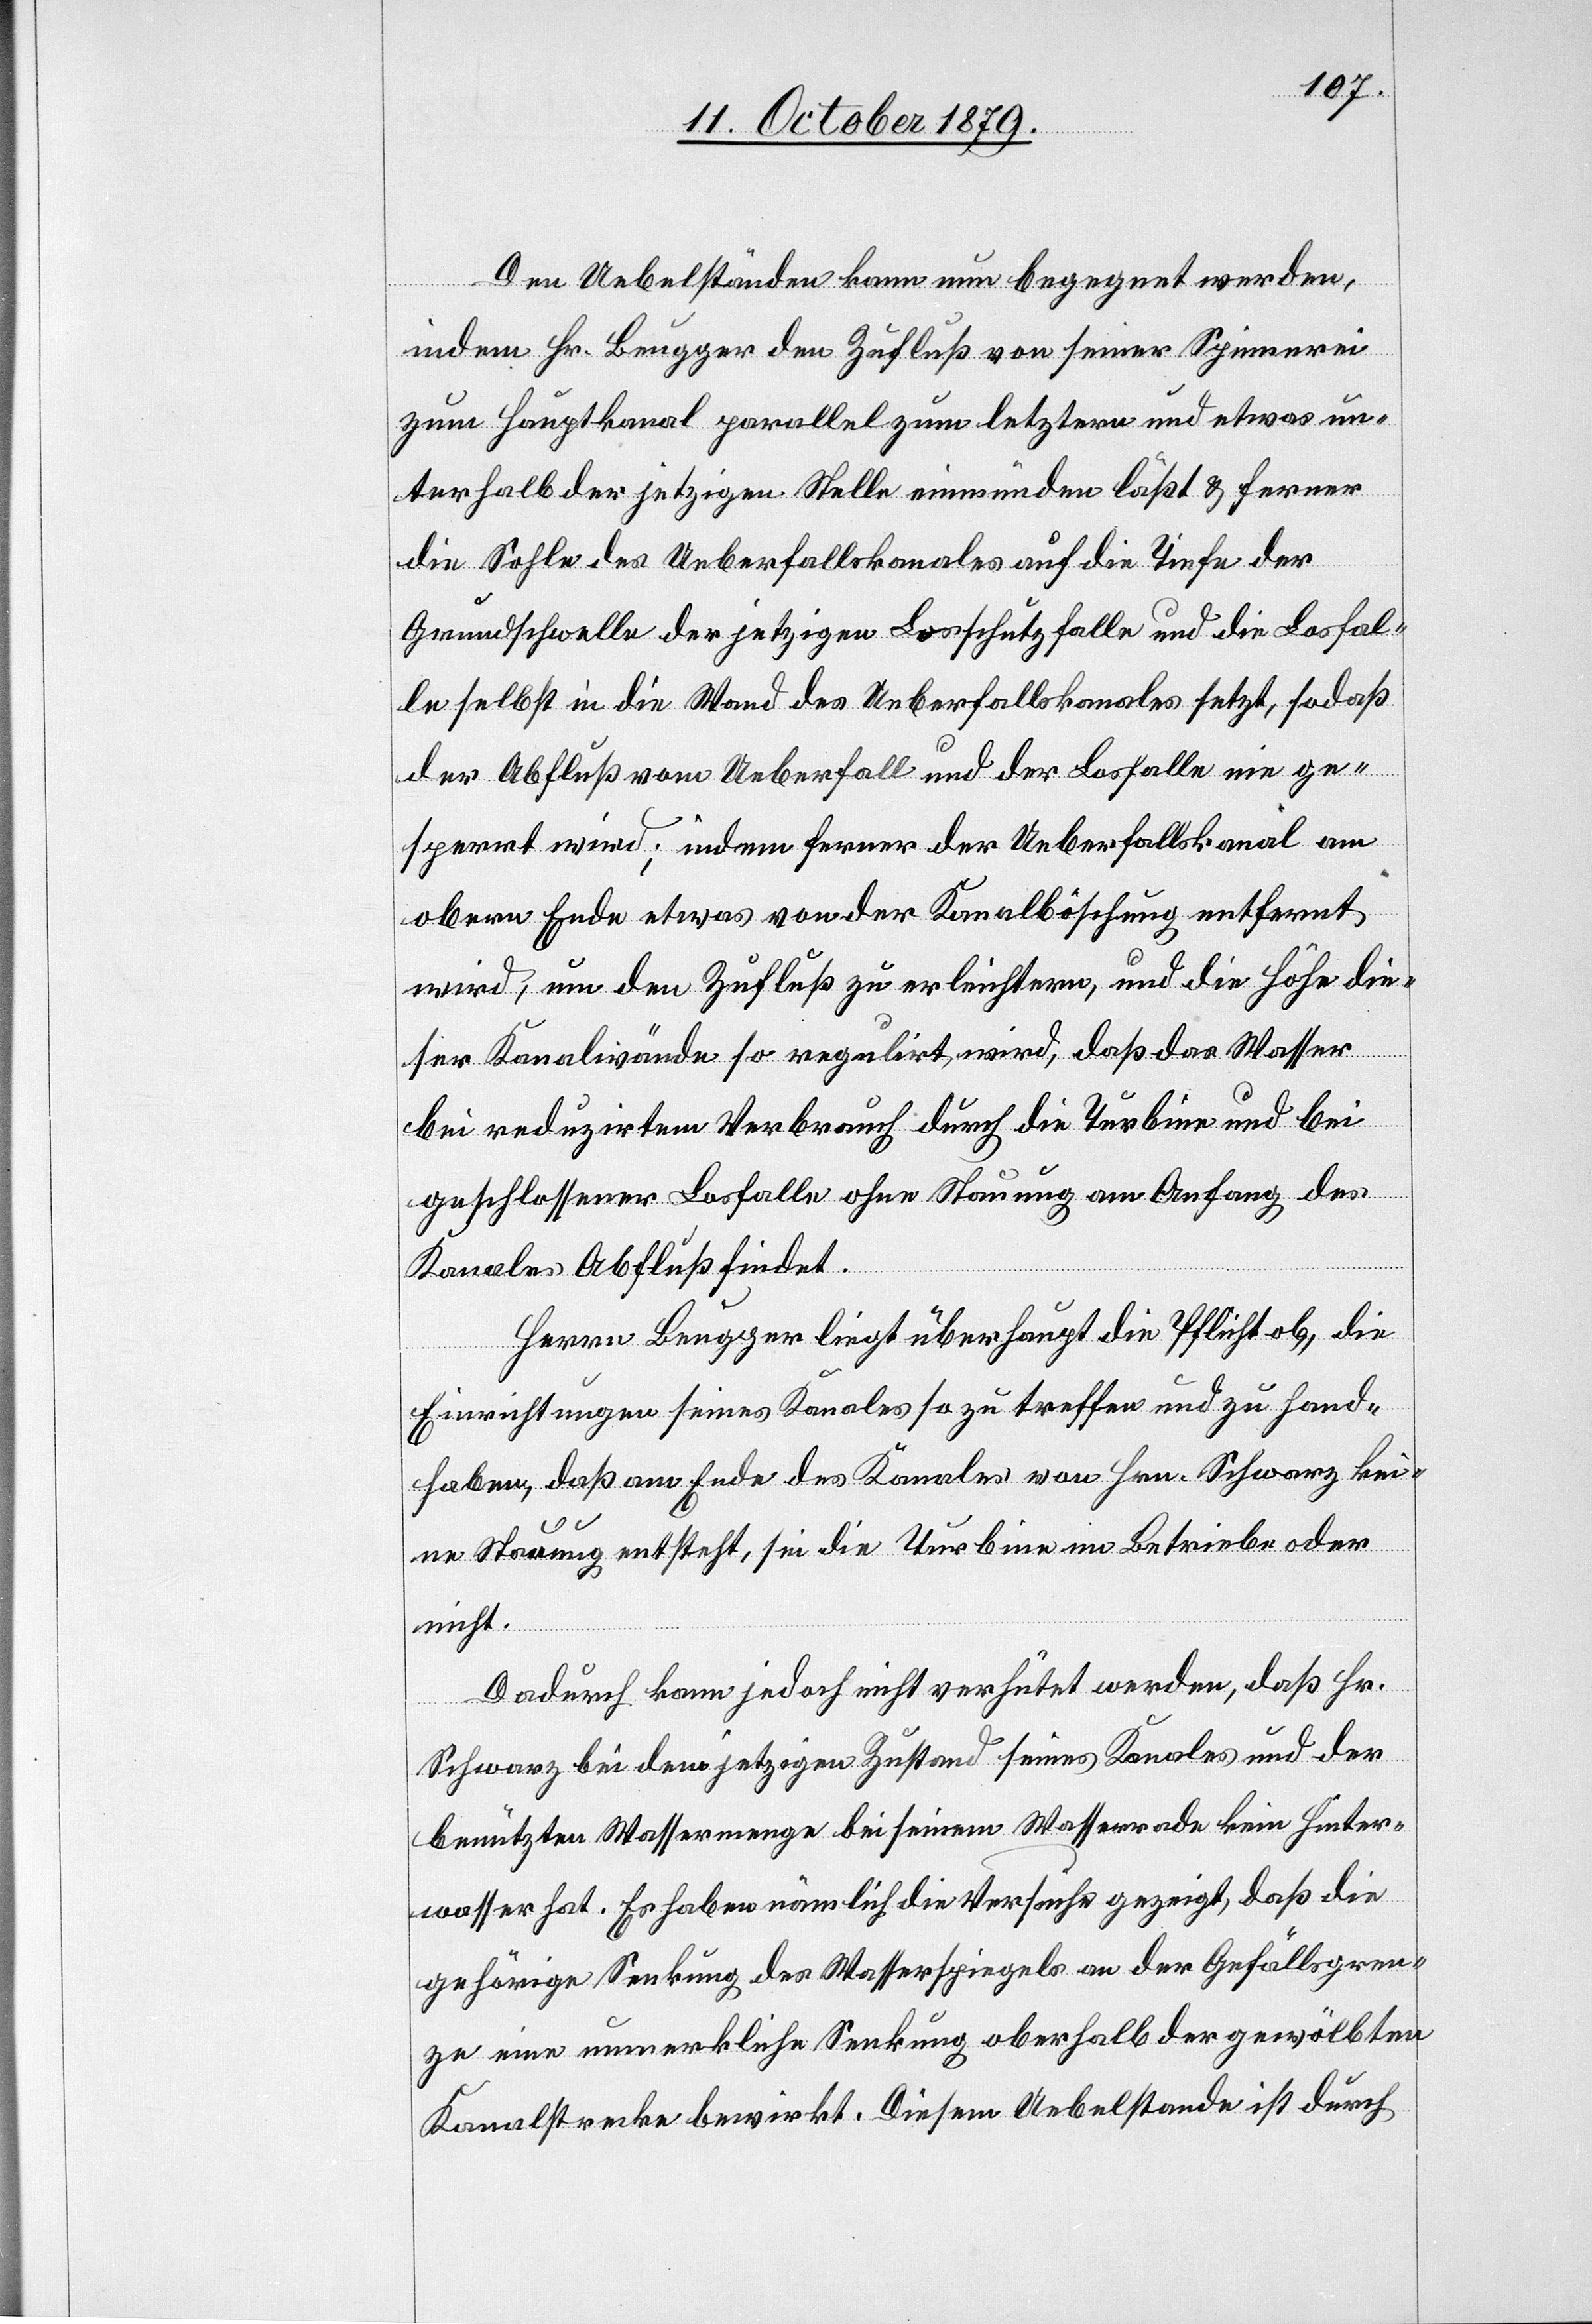
Den Uebelständen kann nun begegnet werden,
indem Hr. Beugger den Zufluß von seiner Spinnerei
zum Hauptkanal parallel zum letztern und etwas un¬
terhalb der jetzigen Stelle einmünden läßt & ferner
die Stelle des Ueberfallskanals auf die Tiefe der
Grundschwelle der jetzigen Losschutzfalle und die Losfal¬
le selbst in die Wand des Ueberfallskanals setzt, sodaß
der Abfluß vom Ueberfall und der Losfalle einge¬
sperrt wird; indem ferner der Ueberfallskanal am
obern Ende etwas von der Kanalböschung entfernt
wird, um den Zufluß zu erleichtern, und die Höhe die¬
ser Kanalwände so regulirt wird, daß das Wasser
bei reduzirtem Verbrauch durch die Turbine und bei
geschlossener Losfalle, ohne Stauung am Anfang des
Kanales Abfluß findet.
Herrn Beugger liegt überhaupt die Pflicht ob, die
Einrichtungen seines Kanales so zu treffen und zu hand¬
haben, daß am Ende des Kanales von Hrn. Schwarz kei¬
ne Stauung entsteht, sei die Turbine im Betriebe oder
nicht.
Dadurch kann jedoch nicht verhütet werden, daß Hr.
Schwarz bei dem jetzigen Zustand seines Kanales und der
benützten Wassermenge bei seinem Wasserrade kein Hinter¬
wasser hat. Es haben nämlich die Versuche gezeigt, daß die
gehörige Senkung des Wasserspiegels an der Gefällsgren¬
ze eine unmerkliche Senkung oberhalb der gewölbten
Kanalstrecke bewirkt. Diesem Uebelstande ist durch